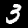
Label: 3